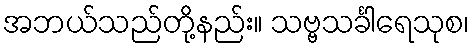
အဘယ်သည်တို့နည်း။ သဗ္ဗသင်္ခါရေသုစ၊